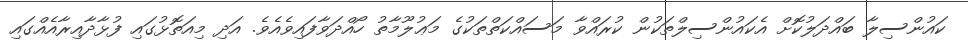
ކައުންސިލާ ބައްދަލުކޮށް އެކައުންސިލްތަކުން ކުރައްވާ މަސައްކަތްތަކުގެ މަޢުލޫމާތު ހޯއްދަވާފައިވެއެވެ. އަދި މިއަތޮޅުގައި ފުޅާދާއިރާއެއްގައި